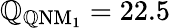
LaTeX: \mathbb{Q}_{\mathrm{{\mathbb{Q}NM_{1}}}}=22.5